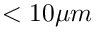
< 1 0 \mu m